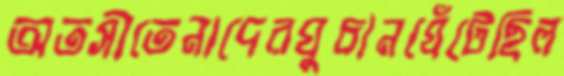
অতসীতেনাদেরঘুচানঘেঁটেছিল